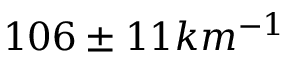
1 0 6 \pm 1 1 k m ^ { - 1 }